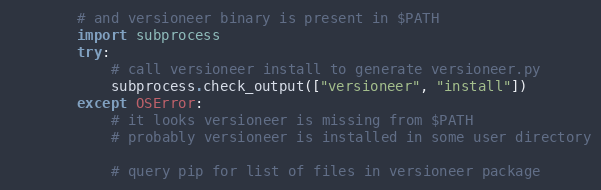
Language: Python
        # and versioneer binary is present in $PATH
        import subprocess
        try:
            # call versioneer install to generate versioneer.py
            subprocess.check_output(["versioneer", "install"])
        except OSError:
            # it looks versioneer is missing from $PATH
            # probably versioneer is installed in some user directory

            # query pip for list of files in versioneer package